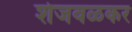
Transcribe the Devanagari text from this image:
शेजवळकर